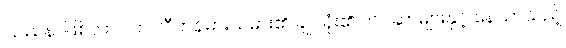
ပြဿနာဖြစ်လာပါက လီဟန်ဓားသမား၏ ချုပ်ရုံး၏ ကင်ဆာများနှင့် နေသာသည့်